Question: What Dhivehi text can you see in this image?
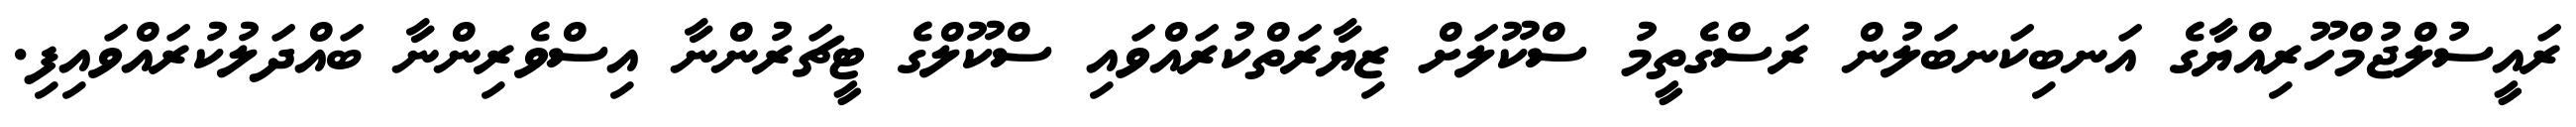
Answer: ރައީސުލްޖުމްހޫރިއްޔާގެ އަނބިކަނބަލުން ރަސްގެތީމު ސްކޫލަށް ޒިޔާރަތްކުރައްވައި ސްކޫލްގެ ޓީޗަރުންނާ އިސްވެރިންނާ ބައްދަލުކުރައްވައިފި.